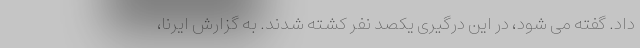
داد. گفته می شود، در این درگیری یکصد نفر کشته شدند. به گزارش ایرنا،